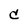
Character: c